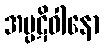
အပ္ပဋိဝါနော